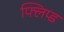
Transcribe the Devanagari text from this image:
फ्लिप्ड